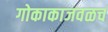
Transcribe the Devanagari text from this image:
गोकाकाजवळच